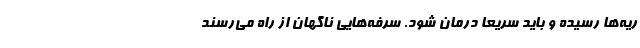
ریه‌ها رسیده و باید سریعاً درمان شود. سرفه‌هایی ناگهان از راه می‌رسند